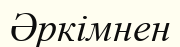
Әркімнен